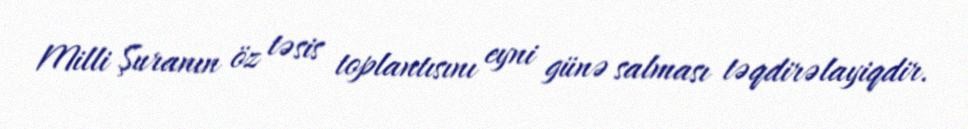
Milli Şuranın öz təsis toplantısını eyni günə salması təqdirəlayiqdir.